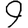
Digit: 9